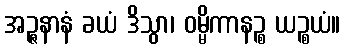
အဉ္ဇနာနံ ခယံ ဒိသွာ၊ ဝမ္မိကာနဉ္စ ယဉ္စယံ။